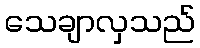
သေချာလှသည်